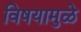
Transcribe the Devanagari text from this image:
विषयामुळे